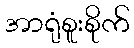
အာရုံစူးစိုက်